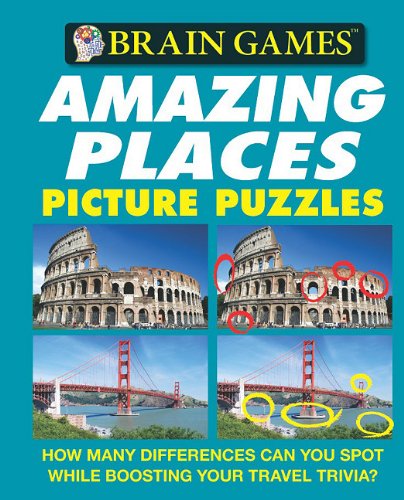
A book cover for Brain Games: Amazing Places Picture Puzzles (Brain Games (Unnumbered)); Editors of Publications International; Humor & Entertainment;